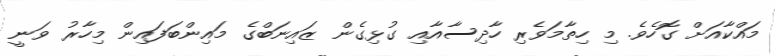
މައްކާއަށް ގޮހެވެ. މި ހިތާމަވެރި ހާދިސާއާއި ގުޅިގެން ޒައިނަބްގެ މައިންބަފައިން މިހާރު ވަނީ